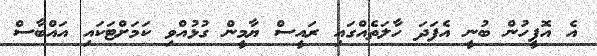
އެ އޮފީހުން ބުނީ އެފަދަ ހާލަތެއްގައި ރައީސް ޔާމީން ގުޅުއްވި ކަމަށްޓަކައި އައްބާސް